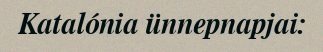
Katalónia ünnepnapjai: